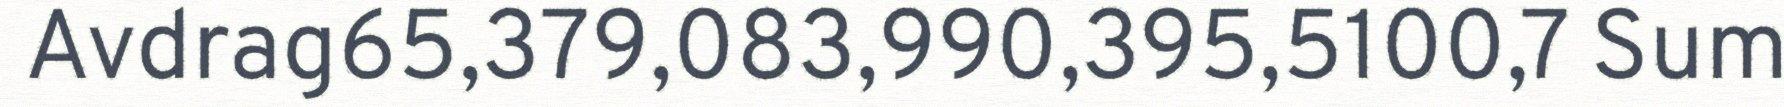
Avdrag65,379,083,990,395,5100,7 Sum